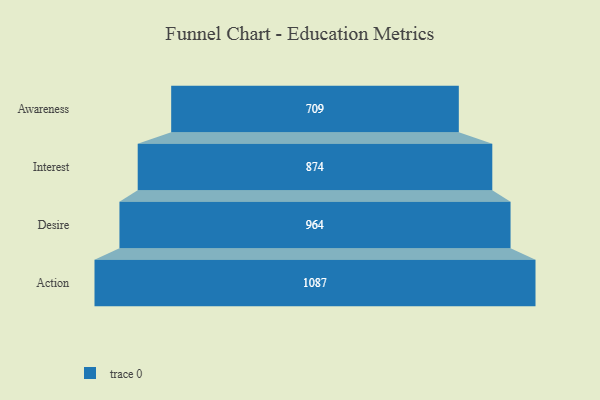
{"axis": {"x": "Stage", "y": "Value"}, "legend": [""], "data": [{"x": "Awareness", "y": 709.0, "type": ""}, {"x": "Interest", "y": 874.0, "type": ""}, {"x": "Desire", "y": 964.0, "type": ""}, {"x": "Action", "y": 1087.0, "type": ""}]}